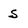
Character: S